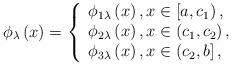
LaTeX: \begin{align*}\phi _{\lambda }\left( x\right) =\left\{ \begin{array}{l}\phi _{1\lambda }\left( x\right) ,x\in \left[ a,c_{1}\right) ,\\ \phi _{2\lambda }\left( x\right) ,x\in \left( c_{1},c_{2}\right) ,\\ \phi _{3\lambda }\left( x\right) ,x\in \left( c_{2},b\right] ,\end{array}\right. \end{align*}